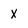
Character: x